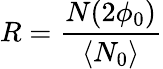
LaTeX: R=\frac{N(2\phi_{0})}{\langle N_{0}\rangle}